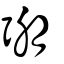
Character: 弸